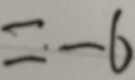
= - 6